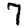
Digit: 7